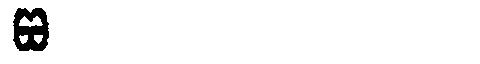
Manchu: ᡦᠣ
Romanization: PO